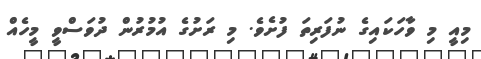
މިއީ މި ވާހަކައިގެ ނުފަރިތަ ފުށެވެ. މި ރަށުގެ އުމުރުން ދުވަސްވީ މީހެއް